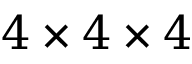
4 \times 4 \times 4